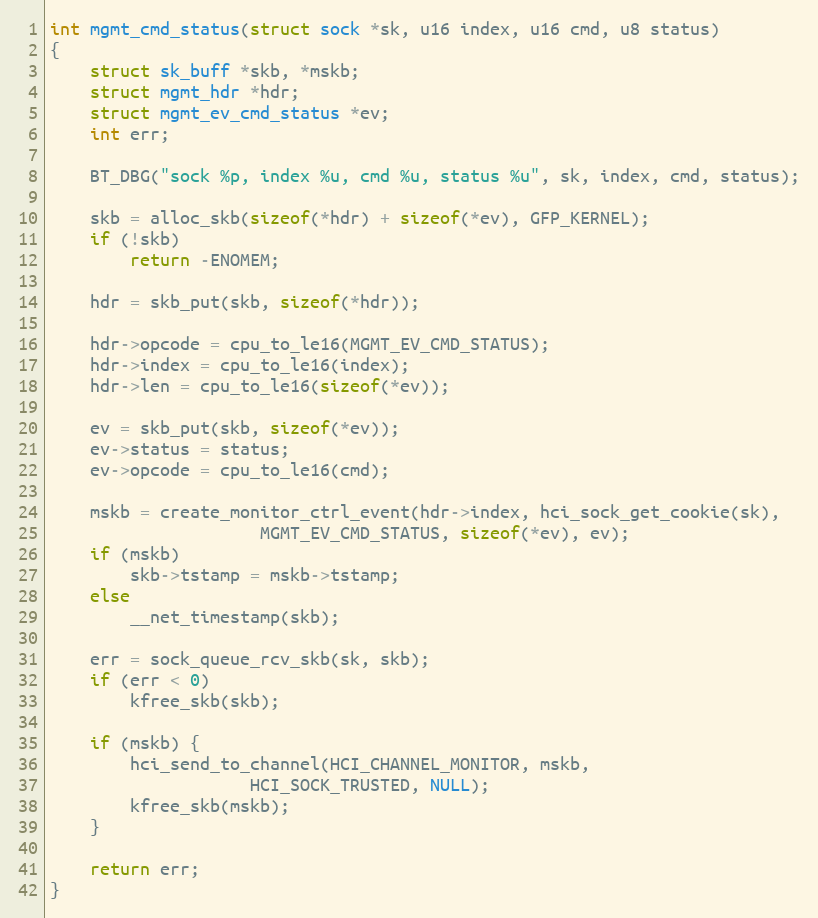
Language: C
int mgmt_cmd_status(struct sock *sk, u16 index, u16 cmd, u8 status)
{
	struct sk_buff *skb, *mskb;
	struct mgmt_hdr *hdr;
	struct mgmt_ev_cmd_status *ev;
	int err;

	BT_DBG("sock %p, index %u, cmd %u, status %u", sk, index, cmd, status);

	skb = alloc_skb(sizeof(*hdr) + sizeof(*ev), GFP_KERNEL);
	if (!skb)
		return -ENOMEM;

	hdr = skb_put(skb, sizeof(*hdr));

	hdr->opcode = cpu_to_le16(MGMT_EV_CMD_STATUS);
	hdr->index = cpu_to_le16(index);
	hdr->len = cpu_to_le16(sizeof(*ev));

	ev = skb_put(skb, sizeof(*ev));
	ev->status = status;
	ev->opcode = cpu_to_le16(cmd);

	mskb = create_monitor_ctrl_event(hdr->index, hci_sock_get_cookie(sk),
					 MGMT_EV_CMD_STATUS, sizeof(*ev), ev);
	if (mskb)
		skb->tstamp = mskb->tstamp;
	else
		__net_timestamp(skb);

	err = sock_queue_rcv_skb(sk, skb);
	if (err < 0)
		kfree_skb(skb);

	if (mskb) {
		hci_send_to_channel(HCI_CHANNEL_MONITOR, mskb,
				    HCI_SOCK_TRUSTED, NULL);
		kfree_skb(mskb);
	}

	return err;
}